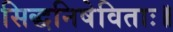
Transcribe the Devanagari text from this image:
सिद्धनिषेविताः॥